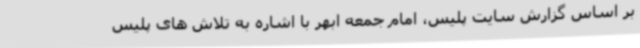
بر اساس گزارش سایت پلیس، امام جمعه ابهر با اشاره به تلاش های پلیس